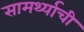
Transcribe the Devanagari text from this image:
सामर्थ्याची